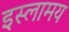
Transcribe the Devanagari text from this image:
इस्लामय